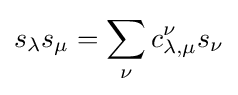
s_{\lambda }s_{\mu }=\sum _{\nu }c_{\lambda ,\mu }^{\nu }s_{\nu }